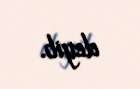
deyib.